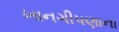
ખાનગીપણાના